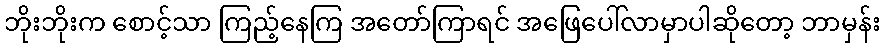
ဘိုးဘိုးက စောင့်သာ ကြည့်နေကြ အတော်ကြာရင် အဖြေပေါ်လာမှာပါဆိုတော့ ဘာမှန်း